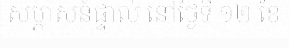
សម្ភាសន៍ផ្ទាល់ នៅថ្ងៃទី ១២ ខែ